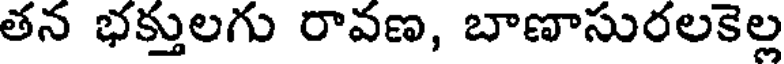
తన భక్తులగు రావణ, బాణాసురలకెల్ల